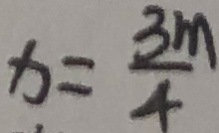
x = \frac { 3 m } { 4 }